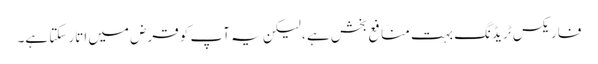
فاریکس ٹریڈنگ بہت منافع بخش ہے ، لیکن یہ آپ کو قرض میں اتار سکتا ہے۔